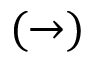
( \to )